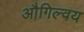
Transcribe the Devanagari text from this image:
औगिल्वय